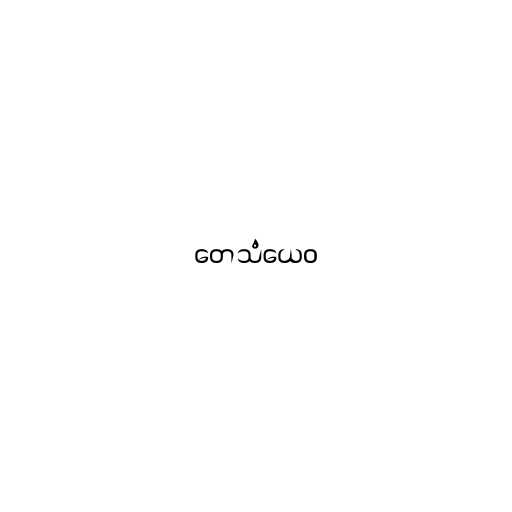
တေသံယေဝ